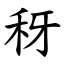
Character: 䄰